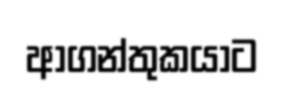
ආගන්තුකයාට